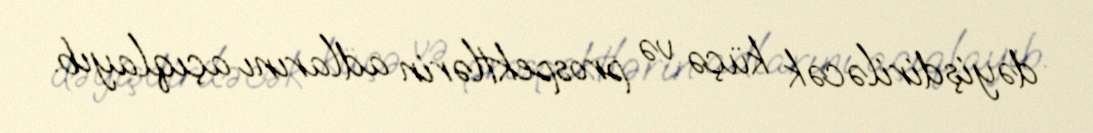
dəyişdiriləcək küçə və prospektlərin adlarını açıqlayıb.